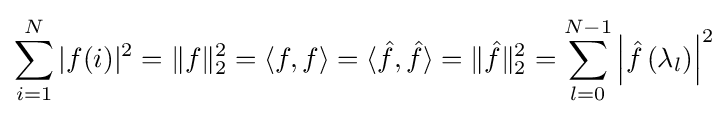
\sum _{i=1}^{N}|f(i)|^{2}=\|f\|_{2}^{2}=\langle f,f\rangle =\langle {\hat {f}},{\hat {f}}\rangle =\|{\hat {f}}\|_{2}^{2}=\sum _{l=0}^{N-1}\left|{\hat {f}}\left(\lambda _{l}\right)\right|^{2}